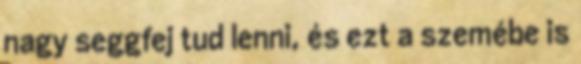
nagy seggfej tud lenni, és ezt a szemébe is